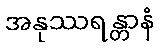
အနုဿရန္တာနံ